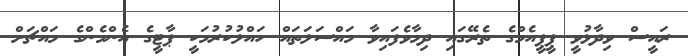
ރައީސް ވިދާޅުވީ ޕީޕީއެމްގެ ތެރޭގައި ދިމާވެފައިވާ މައްސަލަތައް ހައްލުކުރުމަކީ ޕާޓީގެ އެންމެންގެ މައްޗަށް